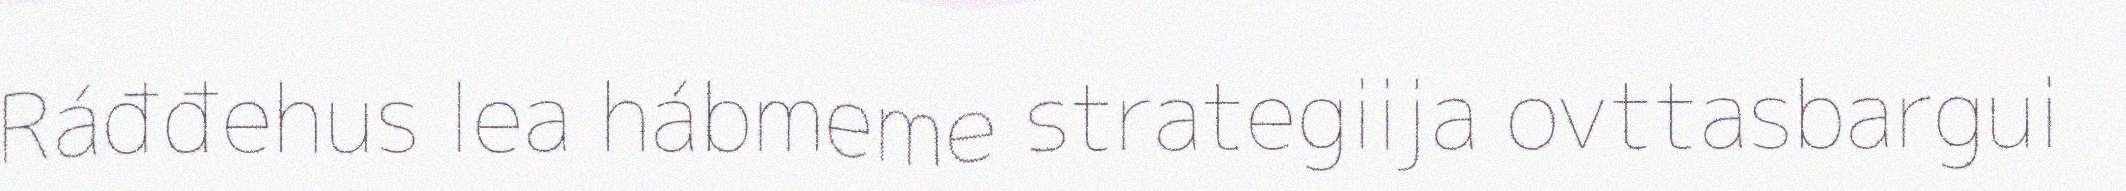
Ráđđehus lea hábmeme strategiija ovttasbargui